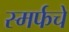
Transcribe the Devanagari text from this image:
स्मर्फचे